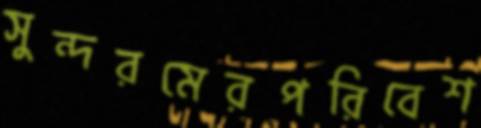
সুন্দরমেরপরিবেশ